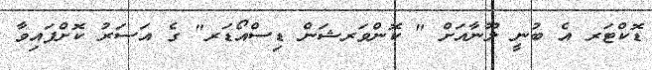
ޑޮކްޓަރ އެ ބުނީ ލޫނާއަށް " ކޮންވަރޝަން ޑިސްއޯޑަރ" ގެ އަސަރު ކޮށްފައިވާ